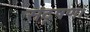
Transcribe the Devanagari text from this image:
संदूषण।